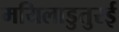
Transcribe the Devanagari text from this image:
मयिलाडुतुरई